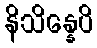
နိသိန္နေပိ